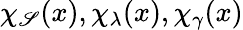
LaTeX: \chi_{\mathscr{S}}(x),\chi_{\lambda}(x),\chi_{\gamma}(x)